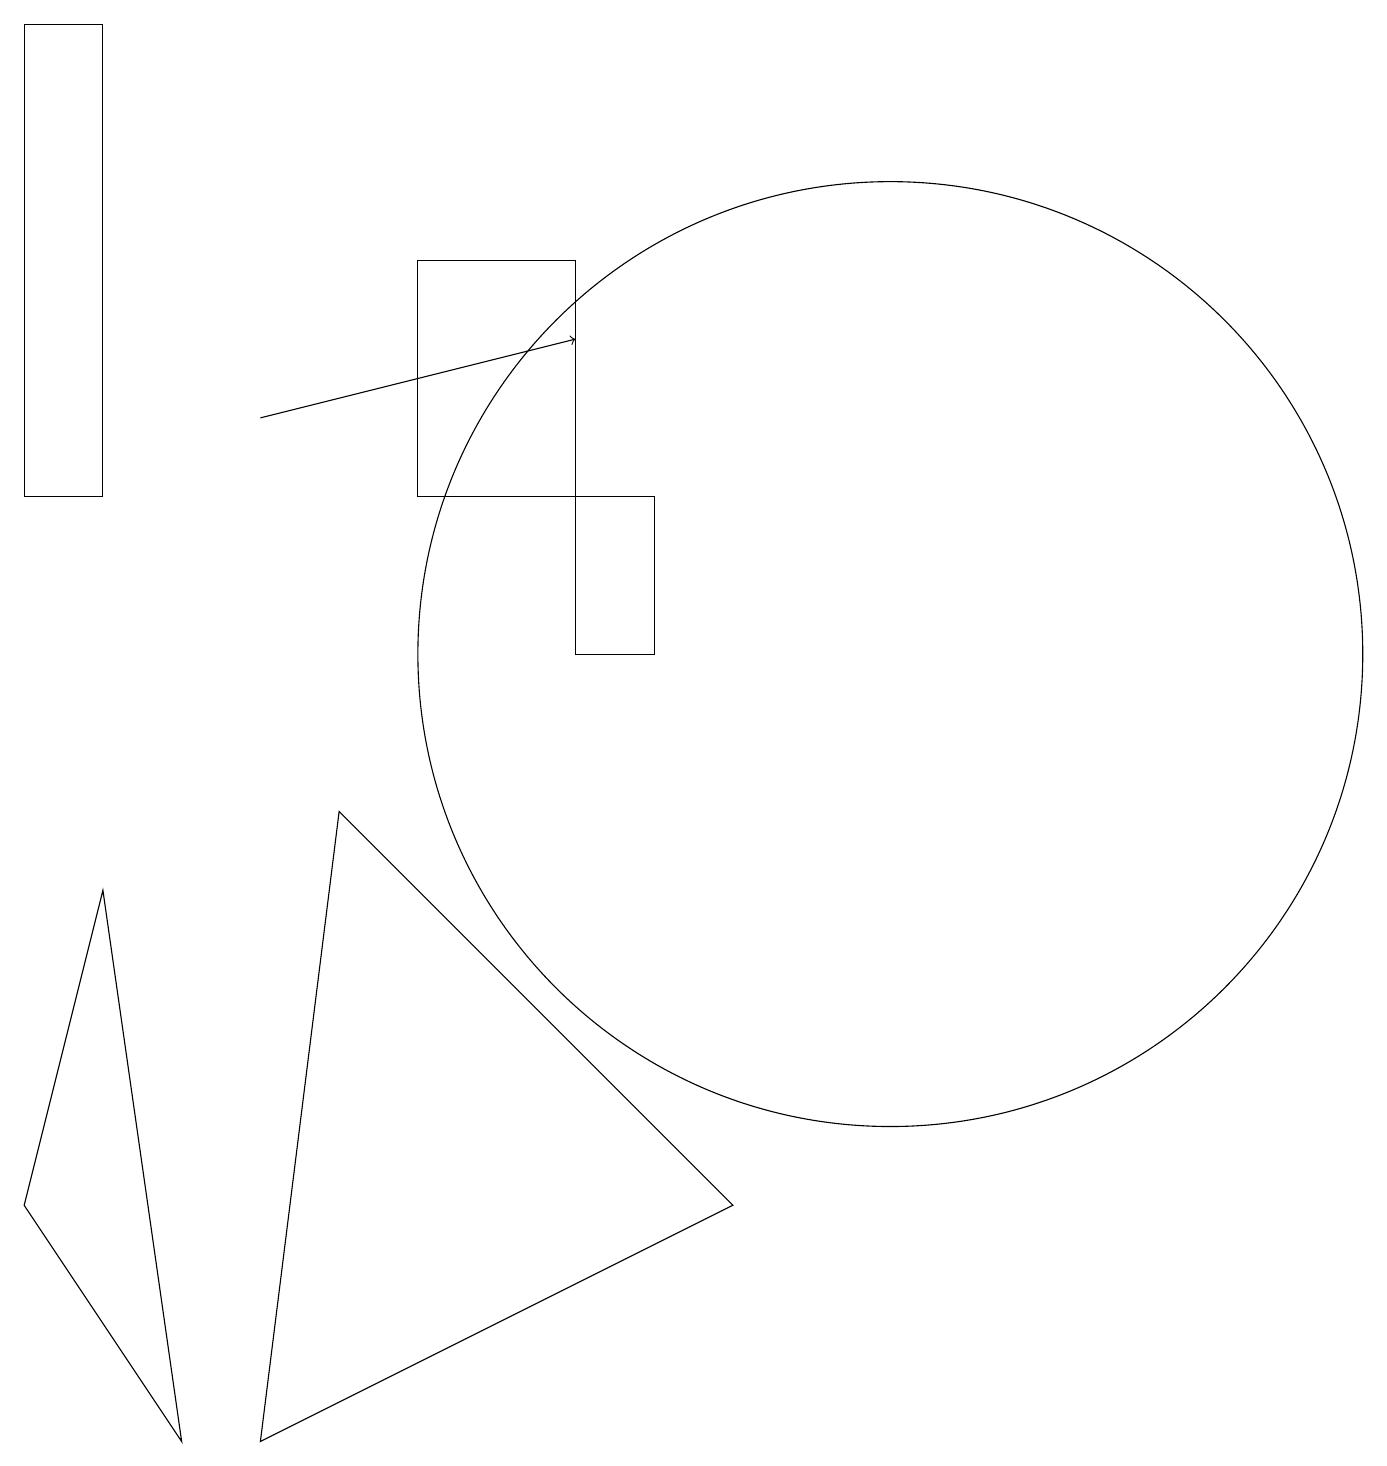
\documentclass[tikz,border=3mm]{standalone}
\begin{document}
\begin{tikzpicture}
\draw (9,3) -- (3,0) -- (4,8) -- cycle;
\draw (8,12) rectangle (7,10);
\draw[->] (3,13) -- (7,14);
\draw (2,0) -- (1,7) -- (0,3) -- cycle;
\draw (5,15) rectangle (7,12);
\draw (11,10) circle (6);
\draw (1,18) rectangle (0,12);
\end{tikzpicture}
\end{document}